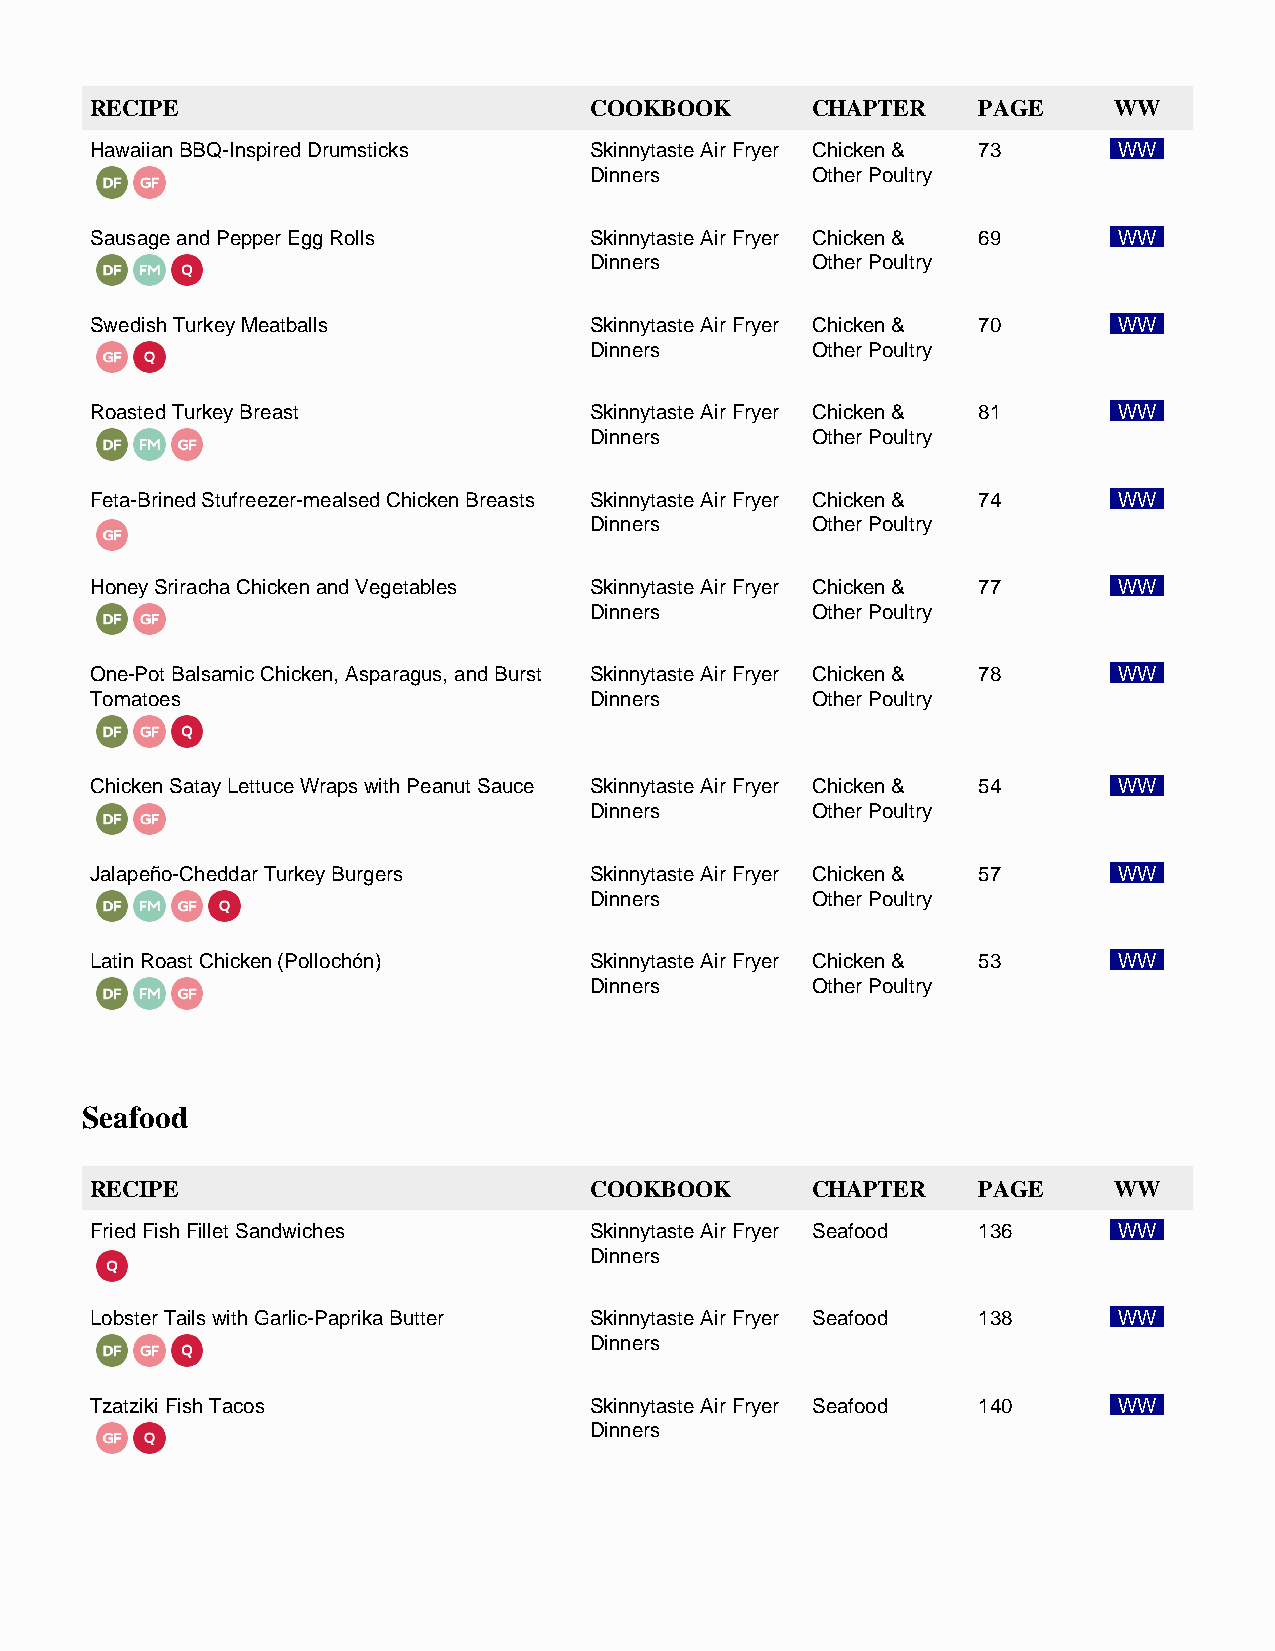
RECIPE                           COOKBOOK       CHAPTER    PAGE     WW
 Hawaiian BBQ-Inspired Drumsticks Skinnytaste Air Fryer Chicken & 73 WW
 Dinners        Other Poultry
 Sausage and Pepper Egg Rolls     Skinnytaste Air Fryer Chicken & 69 WW
 Dinners        Other Poultry
 Swedish Turkey Meatballs         Skinnytaste Air Fryer Chicken & 70 WW
 Dinners        Other Poultry
 Roasted Turkey Breast            Skinnytaste Air Fryer Chicken & 81 WW
 Dinners        Other Poultry
 Feta-Brined Stufreezer-mealsed Chicken Breasts Skinnytaste Air Fryer Chicken & 74 WW
 Dinners        Other Poultry
 Honey Sriracha Chicken and Vegetables Skinnytaste Air Fryer Chicken & 77 WW
 Dinners        Other Poultry
 One-Pot Balsamic Chicken, Asparagus, and Burst Skinnytaste Air Fryer Chicken & 78 WW
 Tomatoes                         Dinners        Other Poultry
 Chicken Satay Lettuce Wraps with Peanut Sauce Skinnytaste Air Fryer Chicken & 54 WW
 Dinners        Other Poultry
 Jalapeño-Cheddar Turkey Burgers  Skinnytaste Air Fryer Chicken & 57 WW
 Dinners        Other Poultry
 Latin Roast Chicken (Pollochón)  Skinnytaste Air Fryer Chicken & 53 WW
 Dinners        Other Poultry
 Seafood
 RECIPE                           COOKBOOK       CHAPTER    PAGE     WW
 Fried Fish Fillet Sandwiches     Skinnytaste Air Fryer Seafood 136  WW
 Dinners
 Lobster Tails with Garlic-Paprika Butter Skinnytaste Air Fryer Seafood 138 WW
 Dinners
 Tzatziki Fish Tacos              Skinnytaste Air Fryer Seafood 140  WW
 Dinners